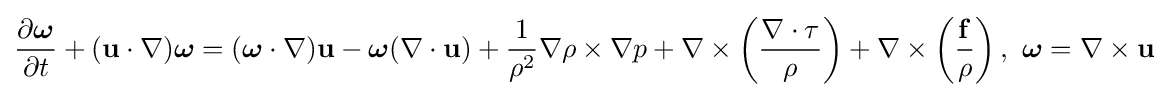
{\frac {\partial {\boldsymbol {\omega }}}{\partial t}}+(\mathbf {u} \cdot \nabla ){\boldsymbol {\omega }}=({\boldsymbol {\omega }}\cdot \nabla )\mathbf {u} -{\boldsymbol {\omega }}(\nabla \cdot \mathbf {u} )+{\frac {1}{\rho ^{2}}}\nabla \rho \times \nabla p+\nabla \times \left({\frac {\nabla \cdot \tau }{\rho }}\right)+\nabla \times \left({\frac {\mathbf {f} }{\rho }}\right),\ {\boldsymbol {\omega }}=\nabla \times \mathbf {u}